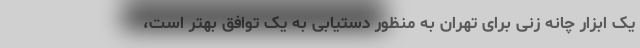
یک ابزار چانه زنی برای تهران به منظور دستیابی به یک توافق بهتر است،